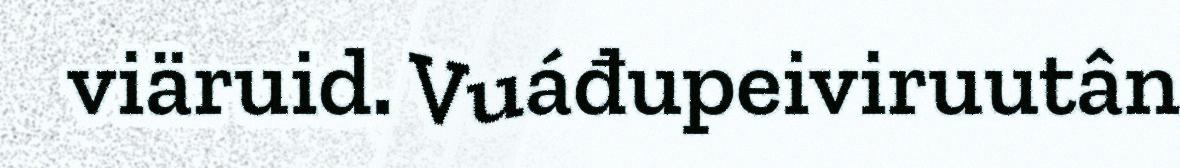
viäruid. Vuáđupeiviruutân